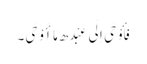
فَأَوْحَی اِلَی عَبْدِھ مَا أَوْحَی۔